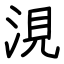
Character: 涀